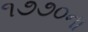
૧૭૭૦ના